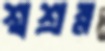
শ্বশ্রম্ন